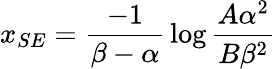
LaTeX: {x_{SE}={\frac{-1}{\beta-\alpha}}\log{\frac{A{\alpha}^{2}}{B{\beta}^{2}}}}